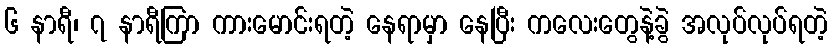
၆ နာရီ၊ ၇ နာရီကြာ ကားမောင်းရတဲ့ နေရာမှာ နေပြီး ကလေးတွေနဲ့ခွဲ အလုပ်လုပ်ရတဲ့